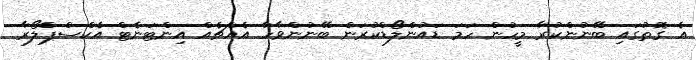
އެ ގޮތުގައި ބޭނުންކުރާ މީހުން ހަމަ ޑައުންލޯޑްކުރަން ބޭނުންވާހާ އެއްޗެއް އިންޓަނެޓް އެކްސްޕްލޯރާ